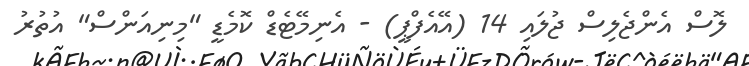
ލޮސް އެންޖެލިސް ޖުލައި 14 (އޭއެފްޕީ) - އެނިމޭޓެޑް ކޮމެޑީ "މިނިއަންސް" އުތުރު